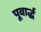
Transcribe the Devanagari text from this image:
पूवार्द्ध